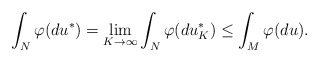
\begin{align*} \int_{N} \varphi (d u^*) = \lim_{K \to \infty} \int_{N} \varphi (d u_K^*) \le \int_{M} \varphi (d u).\end{align*}